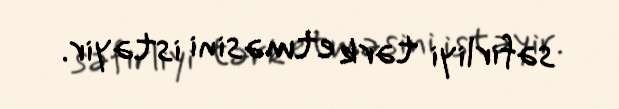
səfirliyi tərk etməsini istəyir.